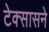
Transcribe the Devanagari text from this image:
टेक्सासने